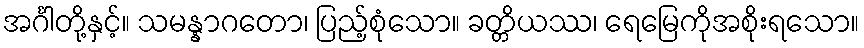
အင်္ဂါတို့နှင့်။ သမန္နာဂတော၊ ပြည့်စုံသော။ ခတ္တိယဿ၊ ရေမြေကိုအစိုးရသော။